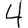
Digit: 4